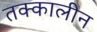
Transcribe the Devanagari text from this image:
तक्कालीन